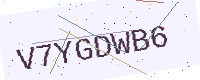
Text: V7YGDWB6